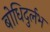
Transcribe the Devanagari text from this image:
बोधिदुर्लभ